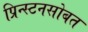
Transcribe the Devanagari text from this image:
प्रिन्स्टनसोबत